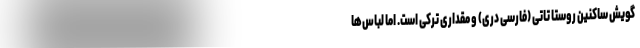
گویش ساکنین روستا تاتی (فارسی دری) و مقداری ترکی است. اما لباس‌ها